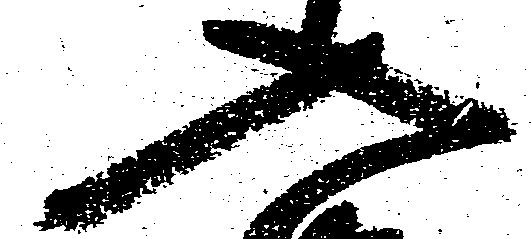
入